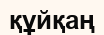
құйқаң